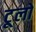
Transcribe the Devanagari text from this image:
टूलो